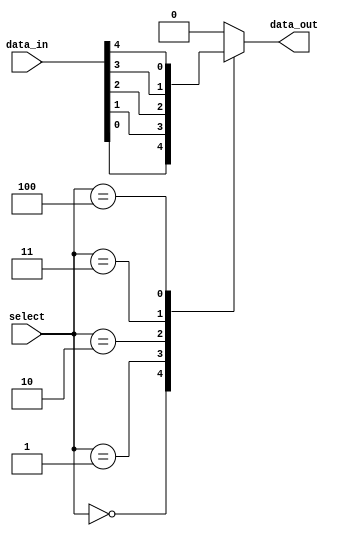
module mux_32to1 (
    input [31:0] data_in,
    input [4:0] select,
    output reg data_out
);

always @* begin
    case (select)
        5'b00000: data_out = data_in[0];
        5'b00001: data_out = data_in[1];
        5'b00010: data_out = data_in[2];
        5'b00011: data_out = data_in[3];
        5'b00100: data_out = data_in[4];
        // Repeat for all 32 input lines
        // Add additional cases as needed
        default: data_out = 0;
    endcase
end

endmodule